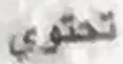
تحتوي